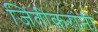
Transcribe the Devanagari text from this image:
जिंतीकरांनी